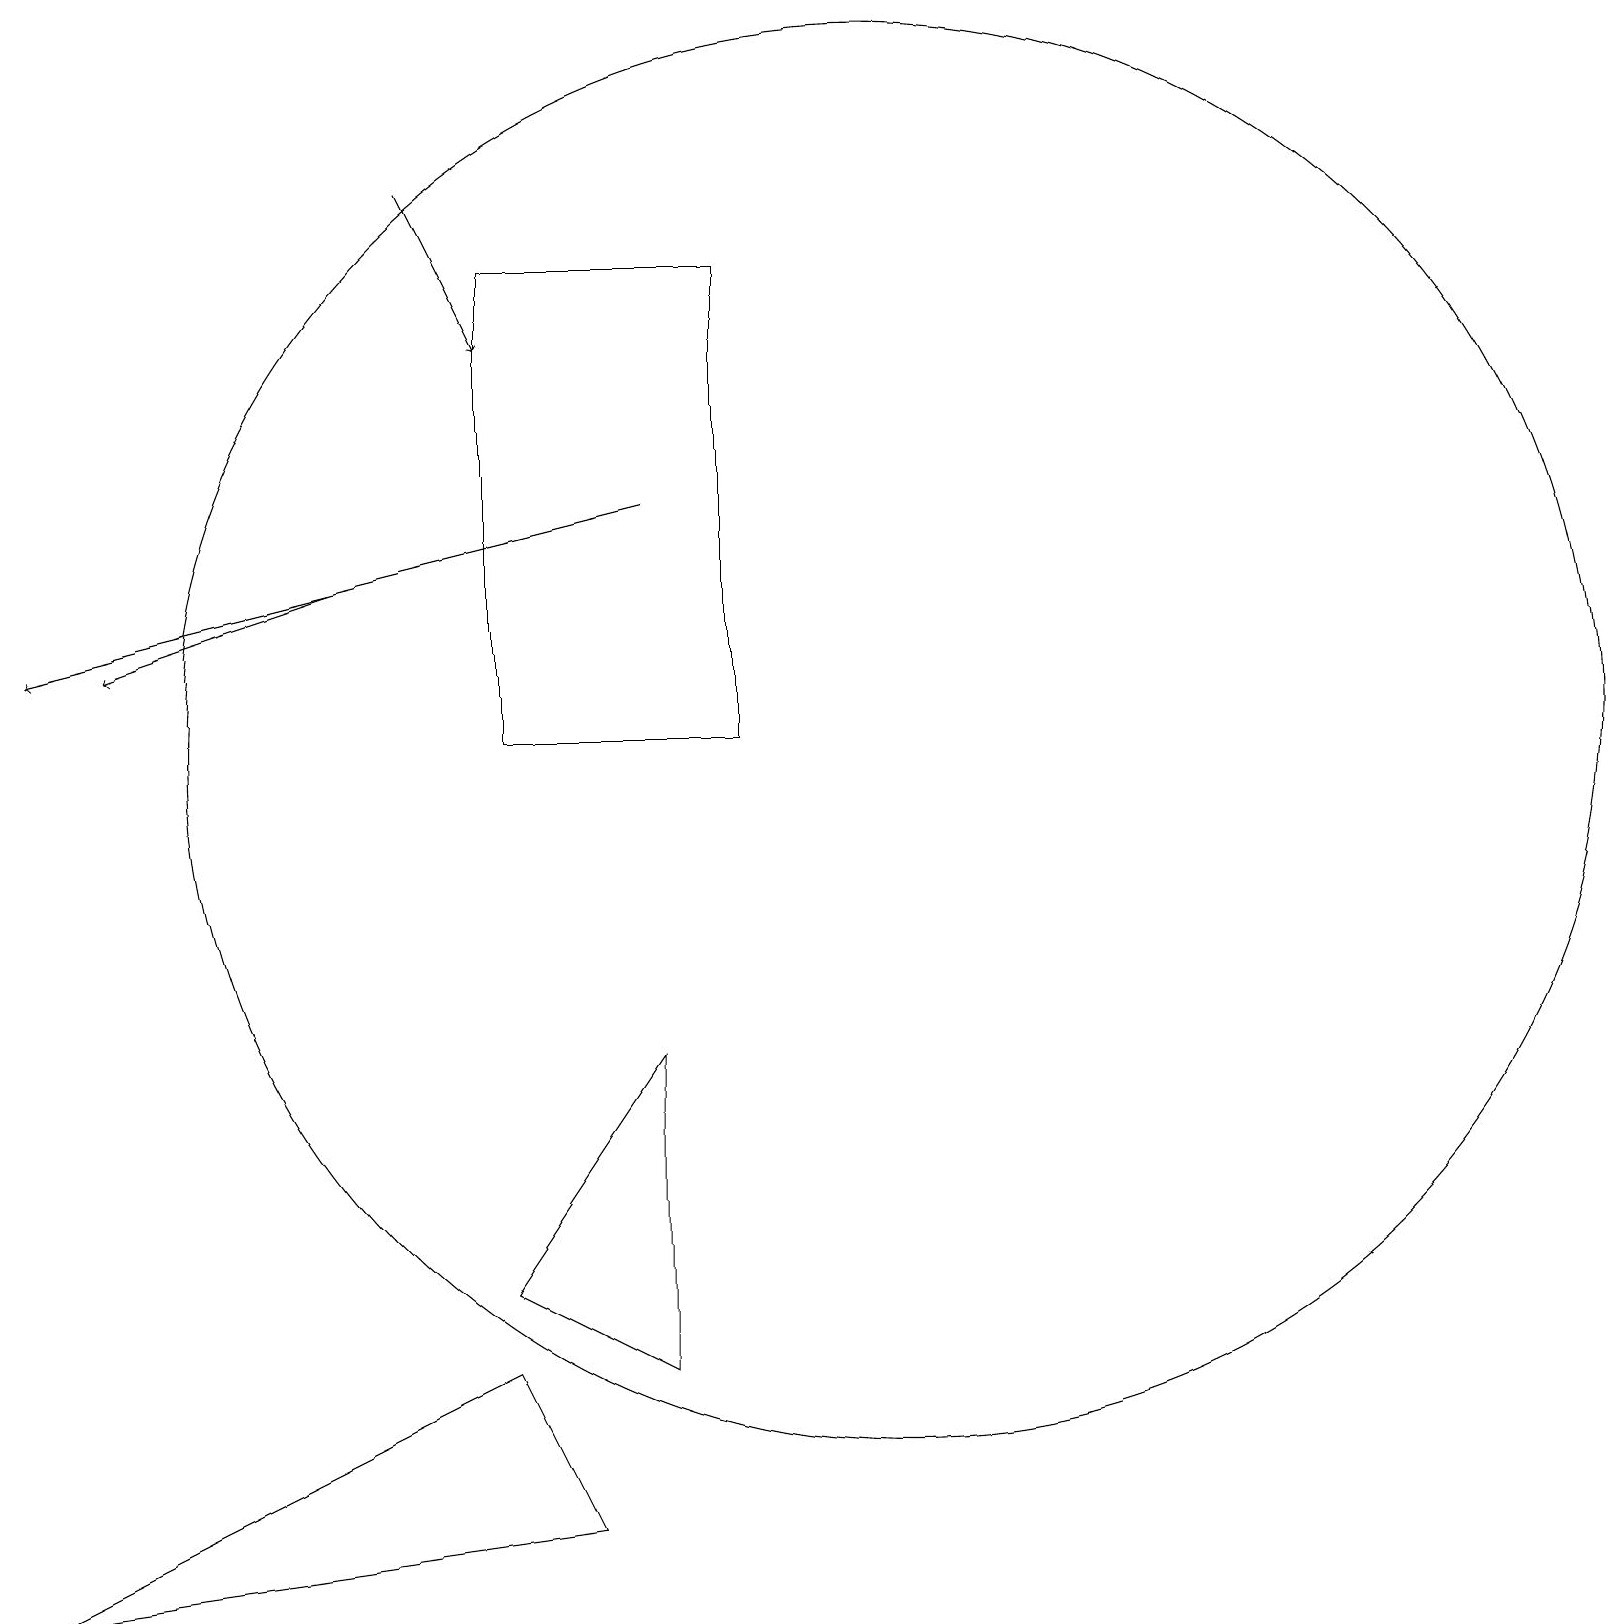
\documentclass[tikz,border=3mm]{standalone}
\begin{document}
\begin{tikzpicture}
\draw (9,18) rectangle (6,12);
\draw (6,5) -- (8,8) -- (8,4) -- cycle;
\draw[->] (5,19) -- (6,17);
\draw (11,12) circle (9);
\draw (7,2) -- (0,1) -- (6,4) -- cycle;
\draw[->] (8,15) -- (0,13);
\draw[->] (4,14) -- (1,13);
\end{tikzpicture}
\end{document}